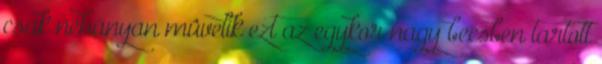
csak néhányan mûvelik ezt az egykor nagy becsben tartott